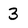
Character: 3